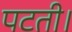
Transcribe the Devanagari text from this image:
पटती।